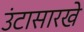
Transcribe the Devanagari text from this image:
उंटासारखे